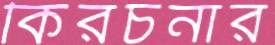
কিরচনার